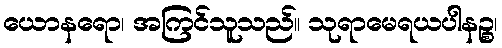
ယောနရော၊ အကြင်သူသည်။ သုရာမေရယပါနဉ္စ၊